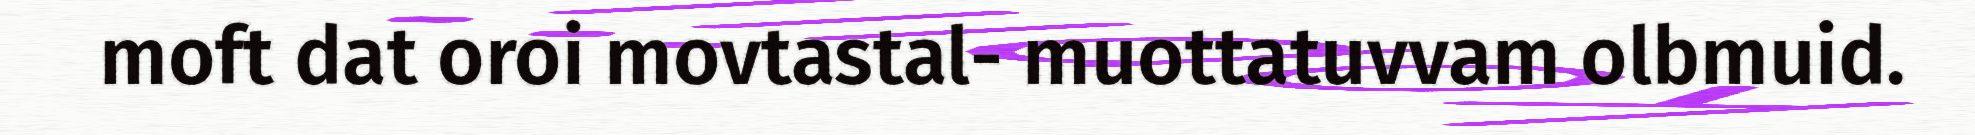
moft dat oroi movtastal- muottatuvvam olbmuid.